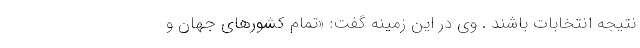
نتیجه انتخابات باشند . وی در این زمینه گفت: «تمام کشورهای جهان و